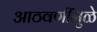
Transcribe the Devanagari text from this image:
आठवणींमुळे